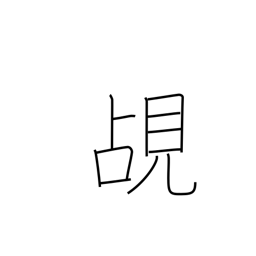
Meaning: peep